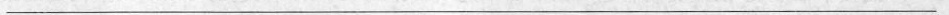
___